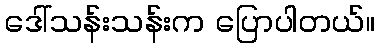
ဒေါ်သန်းသန်းက ပြောပါတယ်။